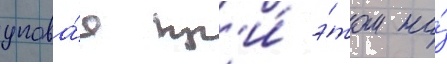
упова́я пр'и́ э́том на́